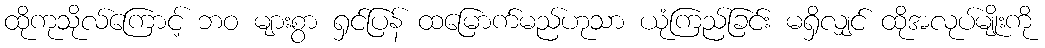
ထိုကုသိုလ်ကြောင့် ဘဝ များစွာ ရှင်ပြန် ထမြောက်မည်ဟုသာ ယုံကြည်ခြင်း မရှိလျှင် ထိုအလုပ်မျိုးကို